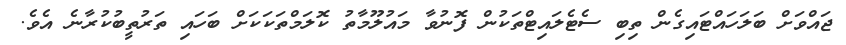
ޖައްވަށް ބަލަހައްޓައިގެން ތިބި ސެޓެލައިޓްތަކުން ފޮނުވާ މައުލޫމާތު ކޮލަމްތަކަކަށް ބަހައި ތަރުތީބުކުރާނެ އެވެ.